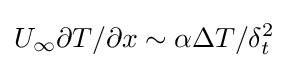
U_{\infty }\partial T/\partial x\sim \alpha \Delta T/\delta _{t}^{2}